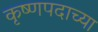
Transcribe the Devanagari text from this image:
कृष्णपदाच्या